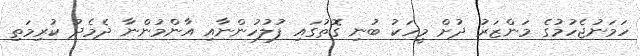
ހަމަނުޖެހުމުގެ މަންޒަރު ދުށް މީހަކު ބުނި ގޮތުގައި ފުލުހުންނާއި އާންމުންނާ ދެމެދު ކުރިމަތި